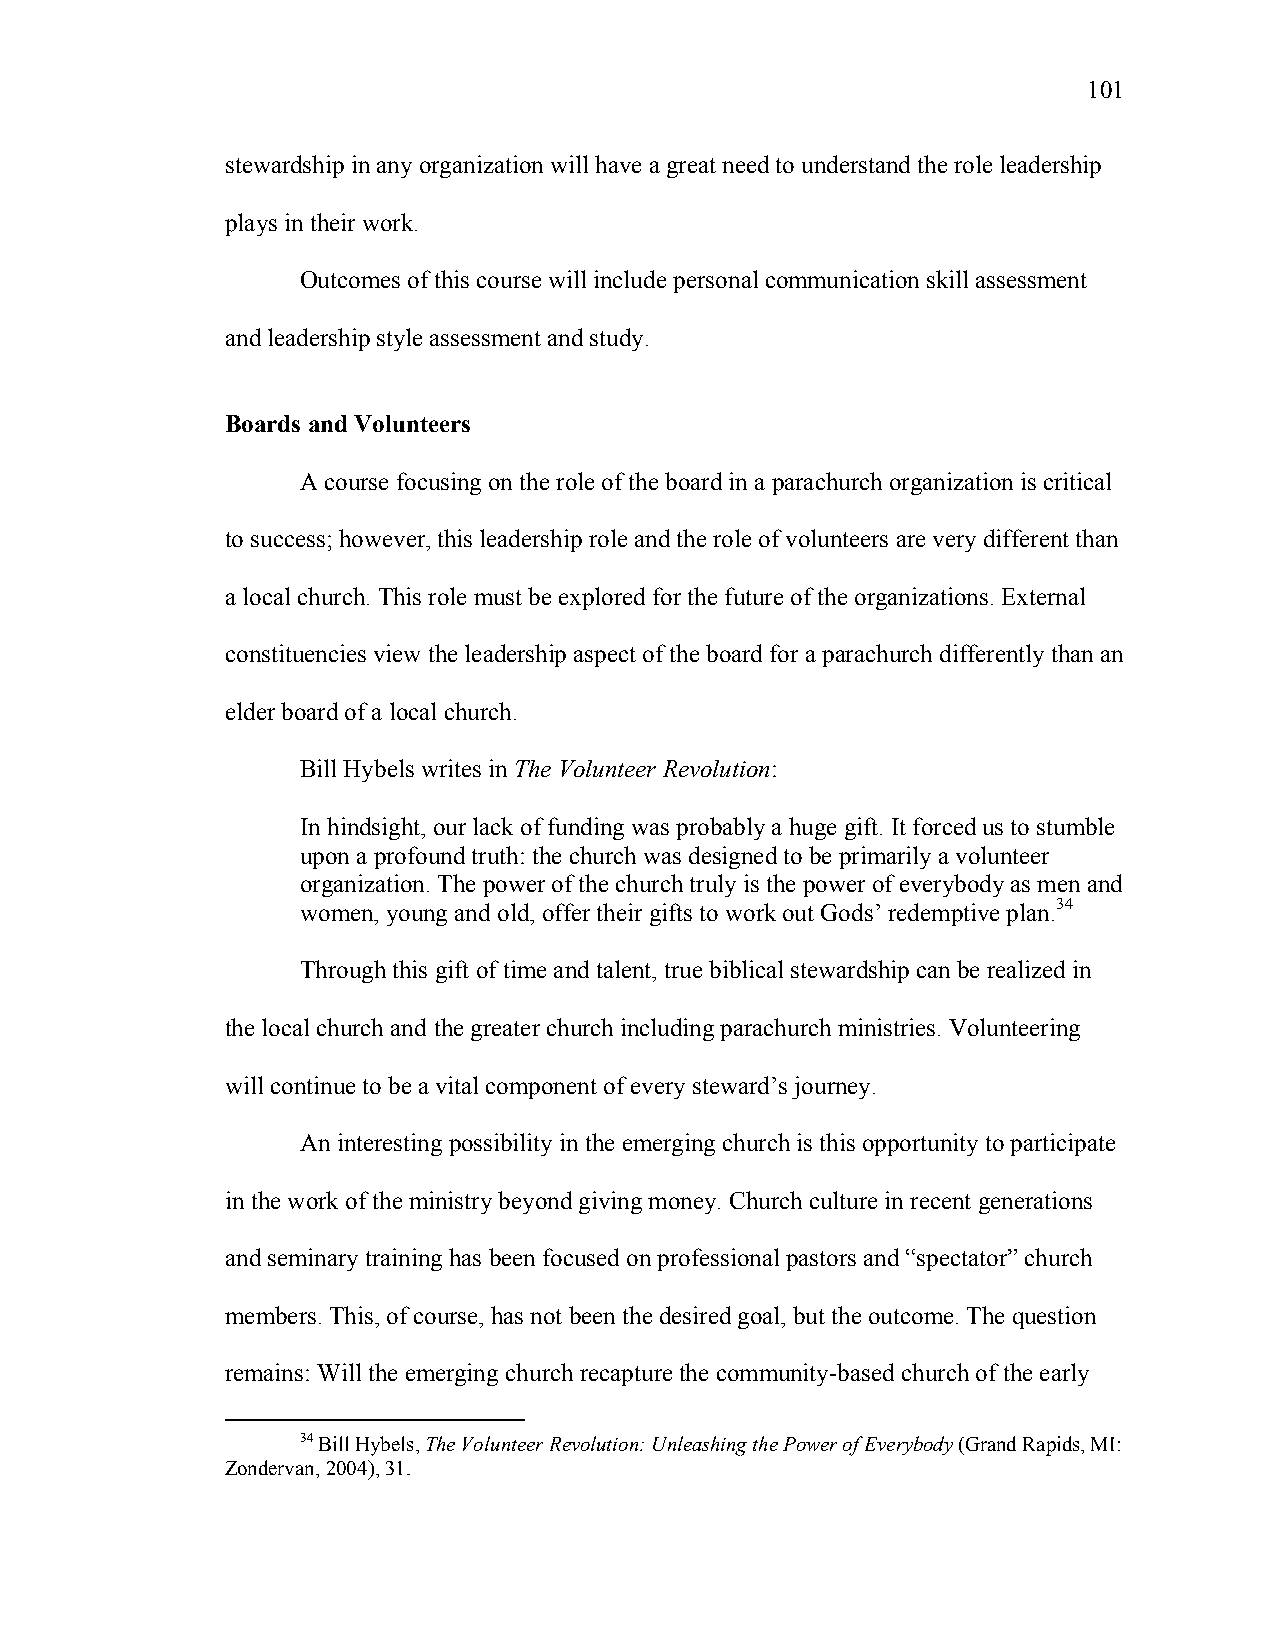
101
 stewardship in any organization will have a great need to understand the role leadership
 plays in their work.
 Outcomes of this course will include personal communication skill assessment
 and leadership style assessment and study.
 Boards and Volunteers
 A course focusing on the role of the board in a parachurch organization is critical
 to success; however, this leadership role and the role of volunteers are very different than
 a local church. This role must be explored for the future of the organizations. External
 constituencies view the leadership aspect of the board for a parachurch differently than an
 elder board of a local church.
 Bill Hybels writes in The Volunteer Revolution:
 In hindsight, our lack of funding was probably a huge gift. It forced us to stumble
 upon a profound truth: the church was designed to be primarily a volunteer
 organization. The power of the church truly is the power of everybody as men and
 women, young and old, offer their gifts to work out Gods’ redemptive plan.34
 Through this gift of time and talent, true biblical stewardship can be realized in
 the local church and the greater church including parachurch ministries. Volunteering
 will continue to be a vital component of every steward’s journey.
 An interesting possibility in the emerging church is this opportunity to participate
 in the work of the ministry beyond giving money. Church culture in recent generations
 and seminary training has been focused on professional pastors and “spectator” church
 members. This, of course, has not been the desired goal, but the outcome. The question
 remains: Will the emerging church recapture the community-based church of the early
 34 Bill Hybels, The Volunteer Revolution: Unleashing the Power of Everybody (Grand Rapids, MI:
 Zondervan, 2004), 31.